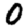
Digit: 0